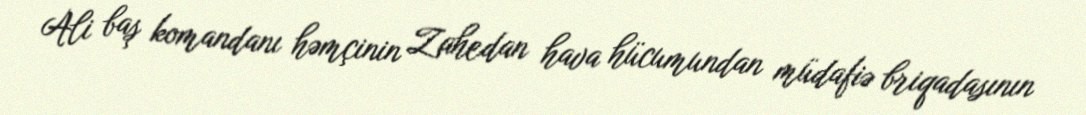
Ali baş komandanı həmçinin Zahedan hava hücumundan müdafiə briqadasının